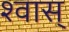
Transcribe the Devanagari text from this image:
श्वास्